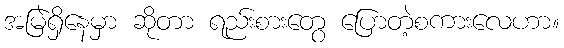
အမြဲရှိနေမှာ ဆိုတာ ရည်းစားတွေ ပြောတဲ့စကားလေဟာ။